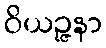
ဝိယဉ္ဇနာ